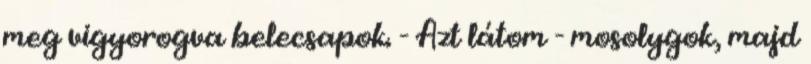
meg vigyorogva belecsapok. - Azt látom - mosolygok, majd